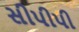
સીપીપી